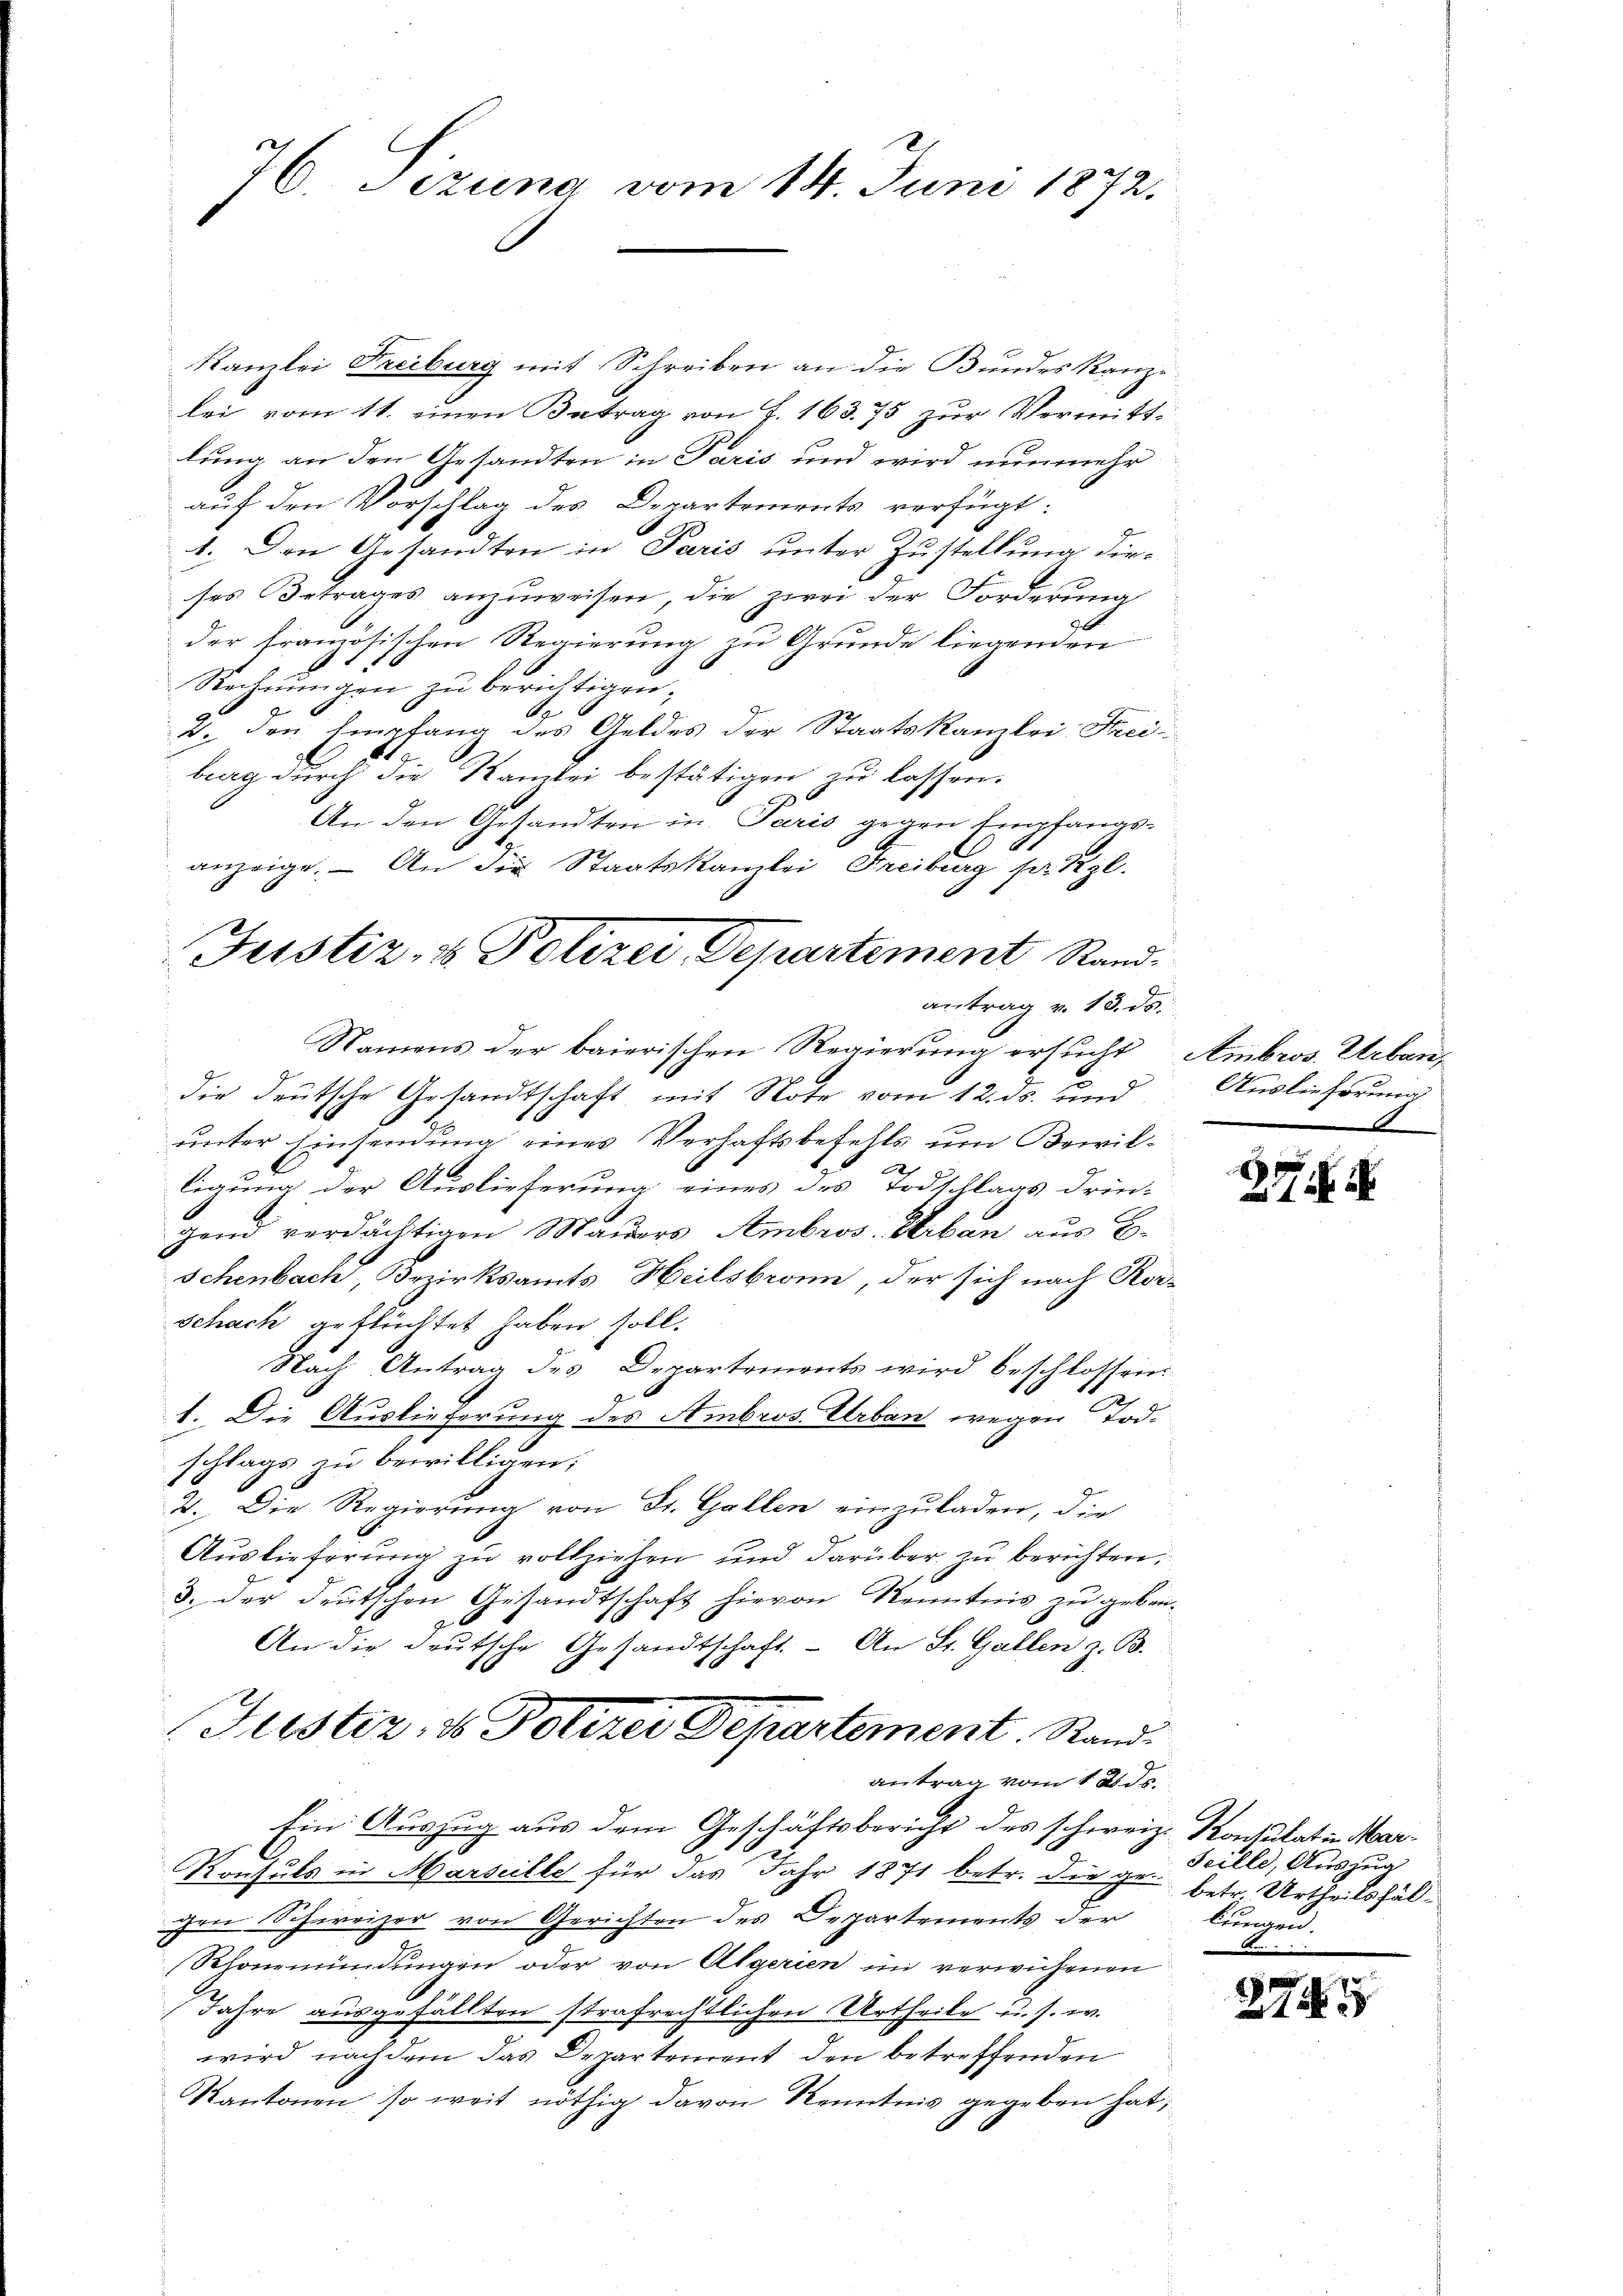
2
76. Jezuna vom 14. Juni 1872.

Kanzlei Freiburg mit Schreiben an die Bundes Kanze
lei vom 11. einen Betrag von F. 163. 75 zur Vermitt-
lung an den Gesandten in Paris und wird nunmehr
auf den Vorschlag des Departements verfügt:
1. Den Gesandten in Paris unter Zustellung dieses Betrages anzuweisen, die zwei der Forderung
der französischen Regierung zu Grunde liegenden
Rechnungen zu berichtigen;
J
9
v. den hierfang des Geldes der Staatskanzlei Frei¬
1
burg durch die Kanzlei bestätigen zu lassen.
An den Gesandten in Paris gegen Empfangs¬
.
anzeige. — An die Staatskanzlei Freiburg setzl.
antrag v. 13. ds.
Namens der baierischen Regierŭng ersŭcht Ambros. Erben,
die deutsche Gesandtschaft mit Note vom 12. ds. und
unter Einsendung eines Verhaftsbefehls um Bewilx
ligung der Auslieferung eines des Todschlags drin-
gend verdächtigen Mauers Ambros. Stiben aus B.
schenbach, Bezirksamts Heilsbronn, der sich nach Ror¬
Schach geflüchtet haben soll.
Nach Antrag des Departements wird beschlossen:
1. Die Auslieferung des Ambros Urban wegen Tod.
schlags zu bewilligen;
2. Die Regierung von St. Gallen einzuladen, die
Auslieferung zu vollziehen und darüber zu berichten,
3. der deutschen Gesandtschaft hievon Kenntnis zu geben¬
An die deutsche Gesandtschaft. - An St. Gallen z. B.
Justiz, ds Polizer Departement. Stand
Antrag vom 12 de
Ein Auszug aus dem Geschäftsbericht des schweiz. Konsulat in Mar¬
Konsuls in Marseille für das Jahr 1871 betr. die gebetr. Urtheilsfälgen Schweizer von Gerichten des Departements der
Schönemündungen oder von Algerien in verwichenen
Jahre ausgefällten strafrechtlichen Urtheile u. s. w.
wird nach dem das Departement den betreffenden
Kantonen, so weit nöthig davon Kenntnis gegeben hat,

Justiz- & Polizei Departement Rand¬

Auslieferung
F

1
1

seille, Auszug
lungen.

2743